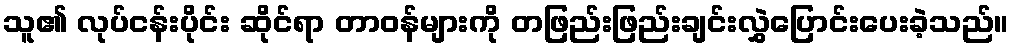
သူ၏ လုပ်ငန်းပိုင်း ဆိုင်ရာ တာဝန်များကို တဖြည်းဖြည်းချင်းလွှဲပြောင်းပေးခဲ့သည်။